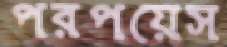
পরপয়েস